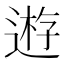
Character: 𨔼